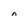
Character: n